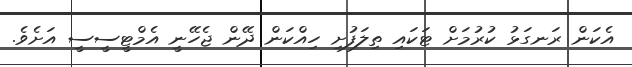
އެކަން ރަނގަޅު ކުރުމަށް ޓަކައި ތިލަފުށި ހިއްކަން ދޭން ޖެހޭނީ އެމްޓީސީސީ އަށެވެ.